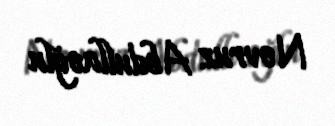
Novruz Abdullaoğlu